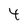
Character: 4